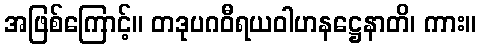
အဖြစ်ကြောင့်။ တဒုပဂဝီရယဝါဟနဋ္ဌေနာတိ၊ ကား။